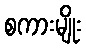
စကားမျိုး